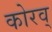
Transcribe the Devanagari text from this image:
कोरव्